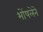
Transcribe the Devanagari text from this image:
भोंषलेने